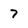
Character: 7